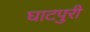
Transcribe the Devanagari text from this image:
घाटपुरी